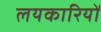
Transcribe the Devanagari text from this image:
लयकारियों